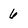
Character: 6